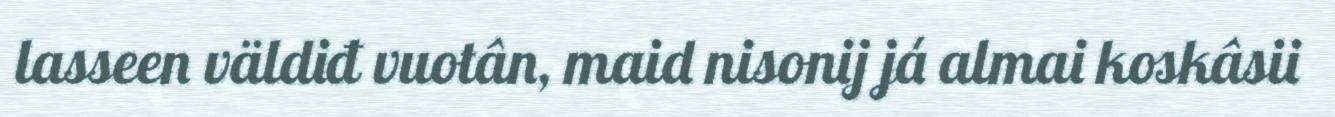
lasseen väldiđ vuotân, maid nisonij já almai koskâsii